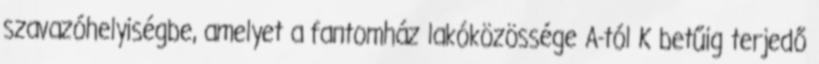
szavazóhelyiségbe, amelyet a fantomház lakóközössége A-tól K betűig terjedő